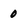
Character: 0